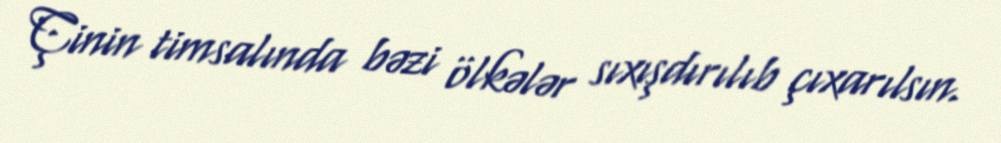
Çinin timsalında bəzi ölkələr sıxışdırılıb çıxarılsın.